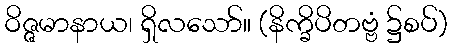
ဝိဇ္ဇမာနာယ၊ ရှိလသော်။ (နိက္ခိပိတဗ္ဗံ ၌စပ်)